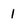
Character: 1